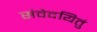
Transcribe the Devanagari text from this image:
संवेदयितुं